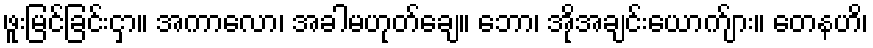
ဖူးမြင်ခြင်းငှာ။ အကာလော၊ အခါမဟုတ်ချေ။ ဘော၊ အိုအချင်းယောက်ျား။ တေနဟိ၊